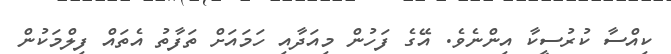
ކިއްސާ ކުރުސީކާ އިންނެވެ. އޭގެ ފަހުން މިއަދާއި ހަމައަށް ތަފާތު އެތައް ފިލްމަކުން